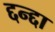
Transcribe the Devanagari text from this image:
द्दन्द्दा